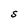
Character: s